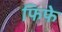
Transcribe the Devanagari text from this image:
फिफे